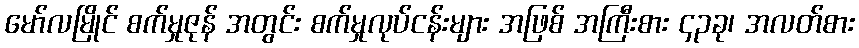
မော်လမြိုင် စက်မှုဇုန် အတွင်း စက်မှုလုပ်ငန်းများ အဖြစ် အကြီးစား ၄၃ခု၊ အလတ်စား